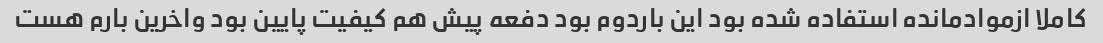
کاملا ازموادمانده استفاده شده بود این باردوم بود دفعه پیش هم کیفیت پایین بود واخرین بارم هست